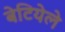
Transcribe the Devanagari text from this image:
बेटियेले